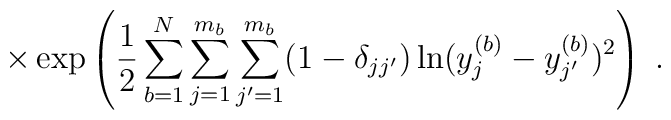
\times \exp \left( \frac{1}{2}\sum_{b=1}^N \sum_{j=1}^{m_b} \sum_{j^\prime=1}^{m_{b}}(1-\delta_{j j^\prime})\ln (y^{(b)}_j - y^{(b)}_{j^\prime})^2 \right) \; .